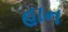
હાન